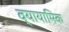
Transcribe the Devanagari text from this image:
व्यायामिक